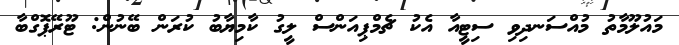
މައުލޫމާތު މުއްސަނދިވި ސިޓީއާ އެކު ޗެމްޕިއަންސް ލީގު ކާމިޔާބު ކުރަން ބޭނުން: ޓޫރޭޕޮގްބާ